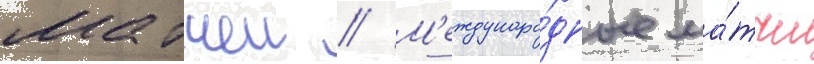
матчеи // М'еждунаро́дные ма́тчи